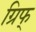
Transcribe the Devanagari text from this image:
ग्रिफ्